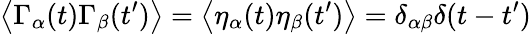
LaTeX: \left\langle\Gamma_{\alpha}(t)\Gamma_{\beta}(t^{\prime})\right\rangle=\left\langle\eta_{\alpha}(t)\eta_{\beta}(t^{\prime})\right\rangle=\delta_{\alpha\beta}\delta(t-t^{\prime})